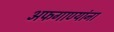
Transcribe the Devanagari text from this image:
अफगाण्यांना